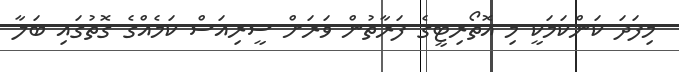
މިފަދަ ކަންކަމަކީ މި އޮތޯރިޓީގެ ފަރާތުން ވަރަށް ސީރިއަސް ކަމެއްގެ ގޮތުގައި ބަލާ